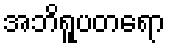
အဘိရူပတရော